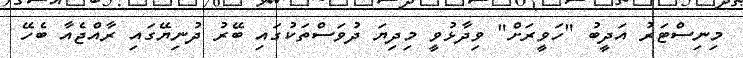
މިނިސްޓަރު އަދީބު "ހަވީރަށް" ވިދާޅުވީ މިދިޔަ ދުވަސްތަކުގައި ބޭރު ދުނިޔޭގައި ރާއްޖެއާ ބެހޭ